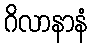
ဂိလာနာနံ